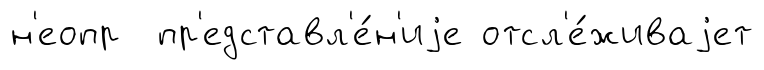
н'еопр пр'едставл'е́н'иjе отсл'е́живаjет